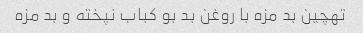
تهچین بد مزه با روغن بد بو کباب نپخته و بد مزه